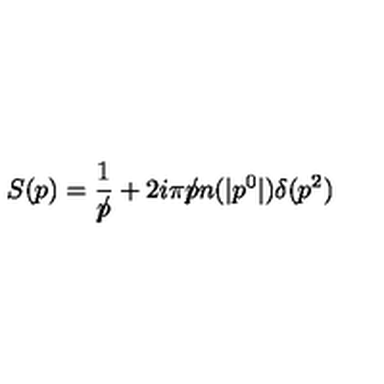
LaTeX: S ( p ) = { \frac { 1 } { p \! \! \! \slash } } + 2 i \pi p \! \! \! \slash n ( | p ^ { 0 } | ) \delta ( p ^ { 2 } )